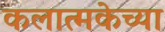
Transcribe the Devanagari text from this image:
कलात्मकेच्या